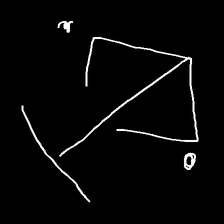
Glyph: earth